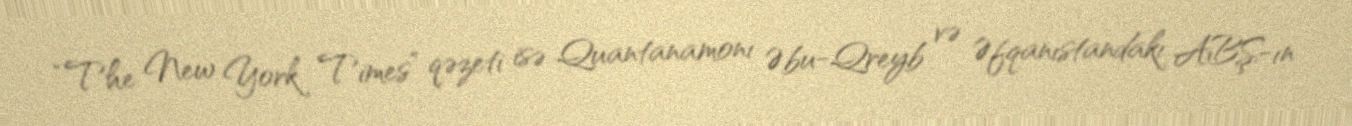
“The New York Times” qəzeti isə Quantanamonı Əbu-Qreyb və Əfqanıstandakı ABŞ-ın